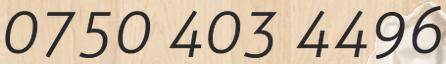
0750 403 4496